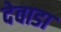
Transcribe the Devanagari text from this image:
देवाडा